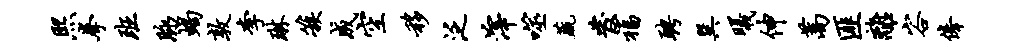
熙拳班脉蝎敦李琳簇成空移泛滓噬蔬发福聘巽曦伸蒿匪离容俸